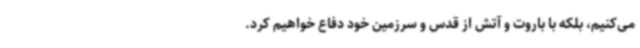
می‌کنیم، بلکه با باروت و آتش از قدس و سرزمین خود دفاع خواهیم کرد.